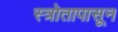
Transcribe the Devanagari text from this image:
स्त्रोतापासून